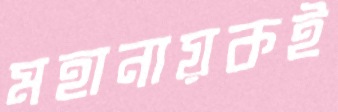
মহানায়কই